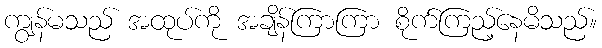
ကျွန်မသည် အထုပ်ကို အချိန်ကြာကြာ စိုက်ကြည့်နေမိသည်။